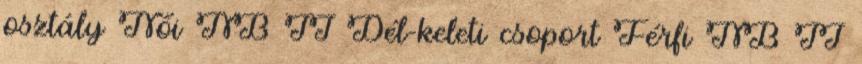
osztály Női NB II Dél-keleti csoport Férfi NB II